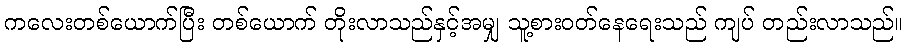
ကလေးတစ်ယောက်ပြီး တစ်ယောက် တိုးလာသည်နှင့်အမျှ သူ့စားဝတ်နေရေးသည် ကျပ် တည်းလာသည်။